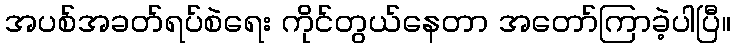
အပစ်အခတ်ရပ်စဲရေး ကိုင်တွယ်နေတာ အတော်ကြာခဲ့ပါပြီ။